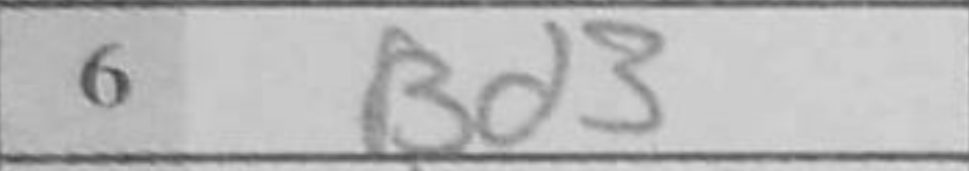
Transcription: Bd3